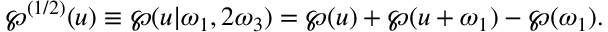
\wp ^ { ( 1 / 2 ) } ( u ) \equiv \wp ( u | \omega _ { 1 } , 2 \omega _ { 3 } ) = \wp ( u ) + \wp ( u + \omega _ { 1 } ) - \wp ( \omega _ { 1 } ) .